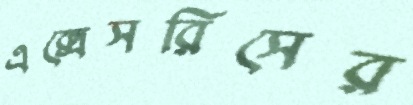
এক্সেসরিসের